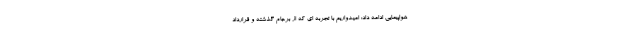
هواپیمایی ادامه داد: امیدواریم با تجربه ای که از برجام گذشته و قرارداد